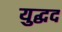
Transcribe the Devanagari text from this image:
युद्धद